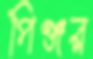
পিঞ্জর